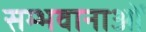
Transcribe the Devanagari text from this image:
सम्भवानाओं